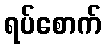
ရပ်စောက်